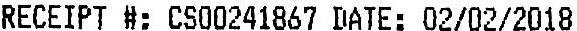
RECEIPT #: CS00241867 DATE: 02/02/2018